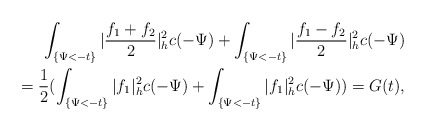
\begin{align*}\int_{\{\Psi<-t\}}|\frac{f_1+f_2}{2}|^2_hc(-\Psi)+\int_{\{\Psi<-t\}}|\frac{f_1-f_2}{2}|^2_hc(-\Psi)\\=\frac{1}{2}(\int_{\{\Psi<-t\}}|f_1|^2_hc(-\Psi)+\int_{\{\Psi<-t\}}|f_1|^2_hc(-\Psi))=G(t),\end{align*}